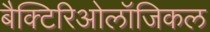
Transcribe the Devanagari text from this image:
बैक्टिरिओलॉजिकल